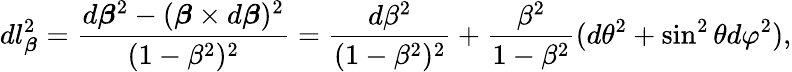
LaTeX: dl_{\boldsymbol{\beta}}^{2}={\frac{d{\boldsymbol{\beta}}^{2}-({\boldsymbol{\beta}}\times d{\boldsymbol{\beta}})^{2}}{(1-\beta^{2})^{2}}}={\frac{d\beta^{2}}{(1-\beta^{2})^{2}}}+{\frac{\beta^{2}}{1-\beta^{2}}}(d\theta^{2}+\sin^{2}\theta d\varphi^{2}),